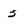
Character: 5